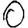
Digit: 0